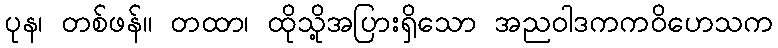
ပုန၊ တစ်ဖန်။ တထာ၊ ထိုသို့အပြားရှိသော အညဝါဒကကဝိဟေသက